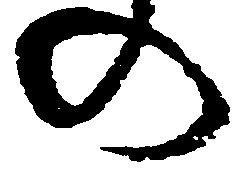
の